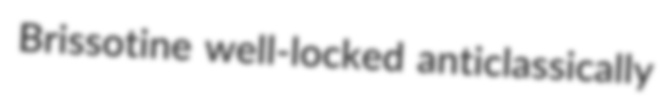
Brissotine well-locked anticlassically